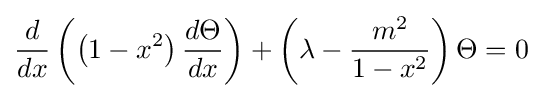
{\frac {d}{dx}}\left(\left(1-x^{2}\right){\frac {d\Theta }{dx}}\right)+\left(\lambda -{\frac {m^{2}}{1-x^{2}}}\right)\Theta =0